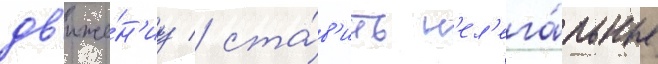
дв'иже́н'иу / ста́в'ить н'ел'ега́льные